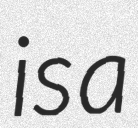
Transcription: is a